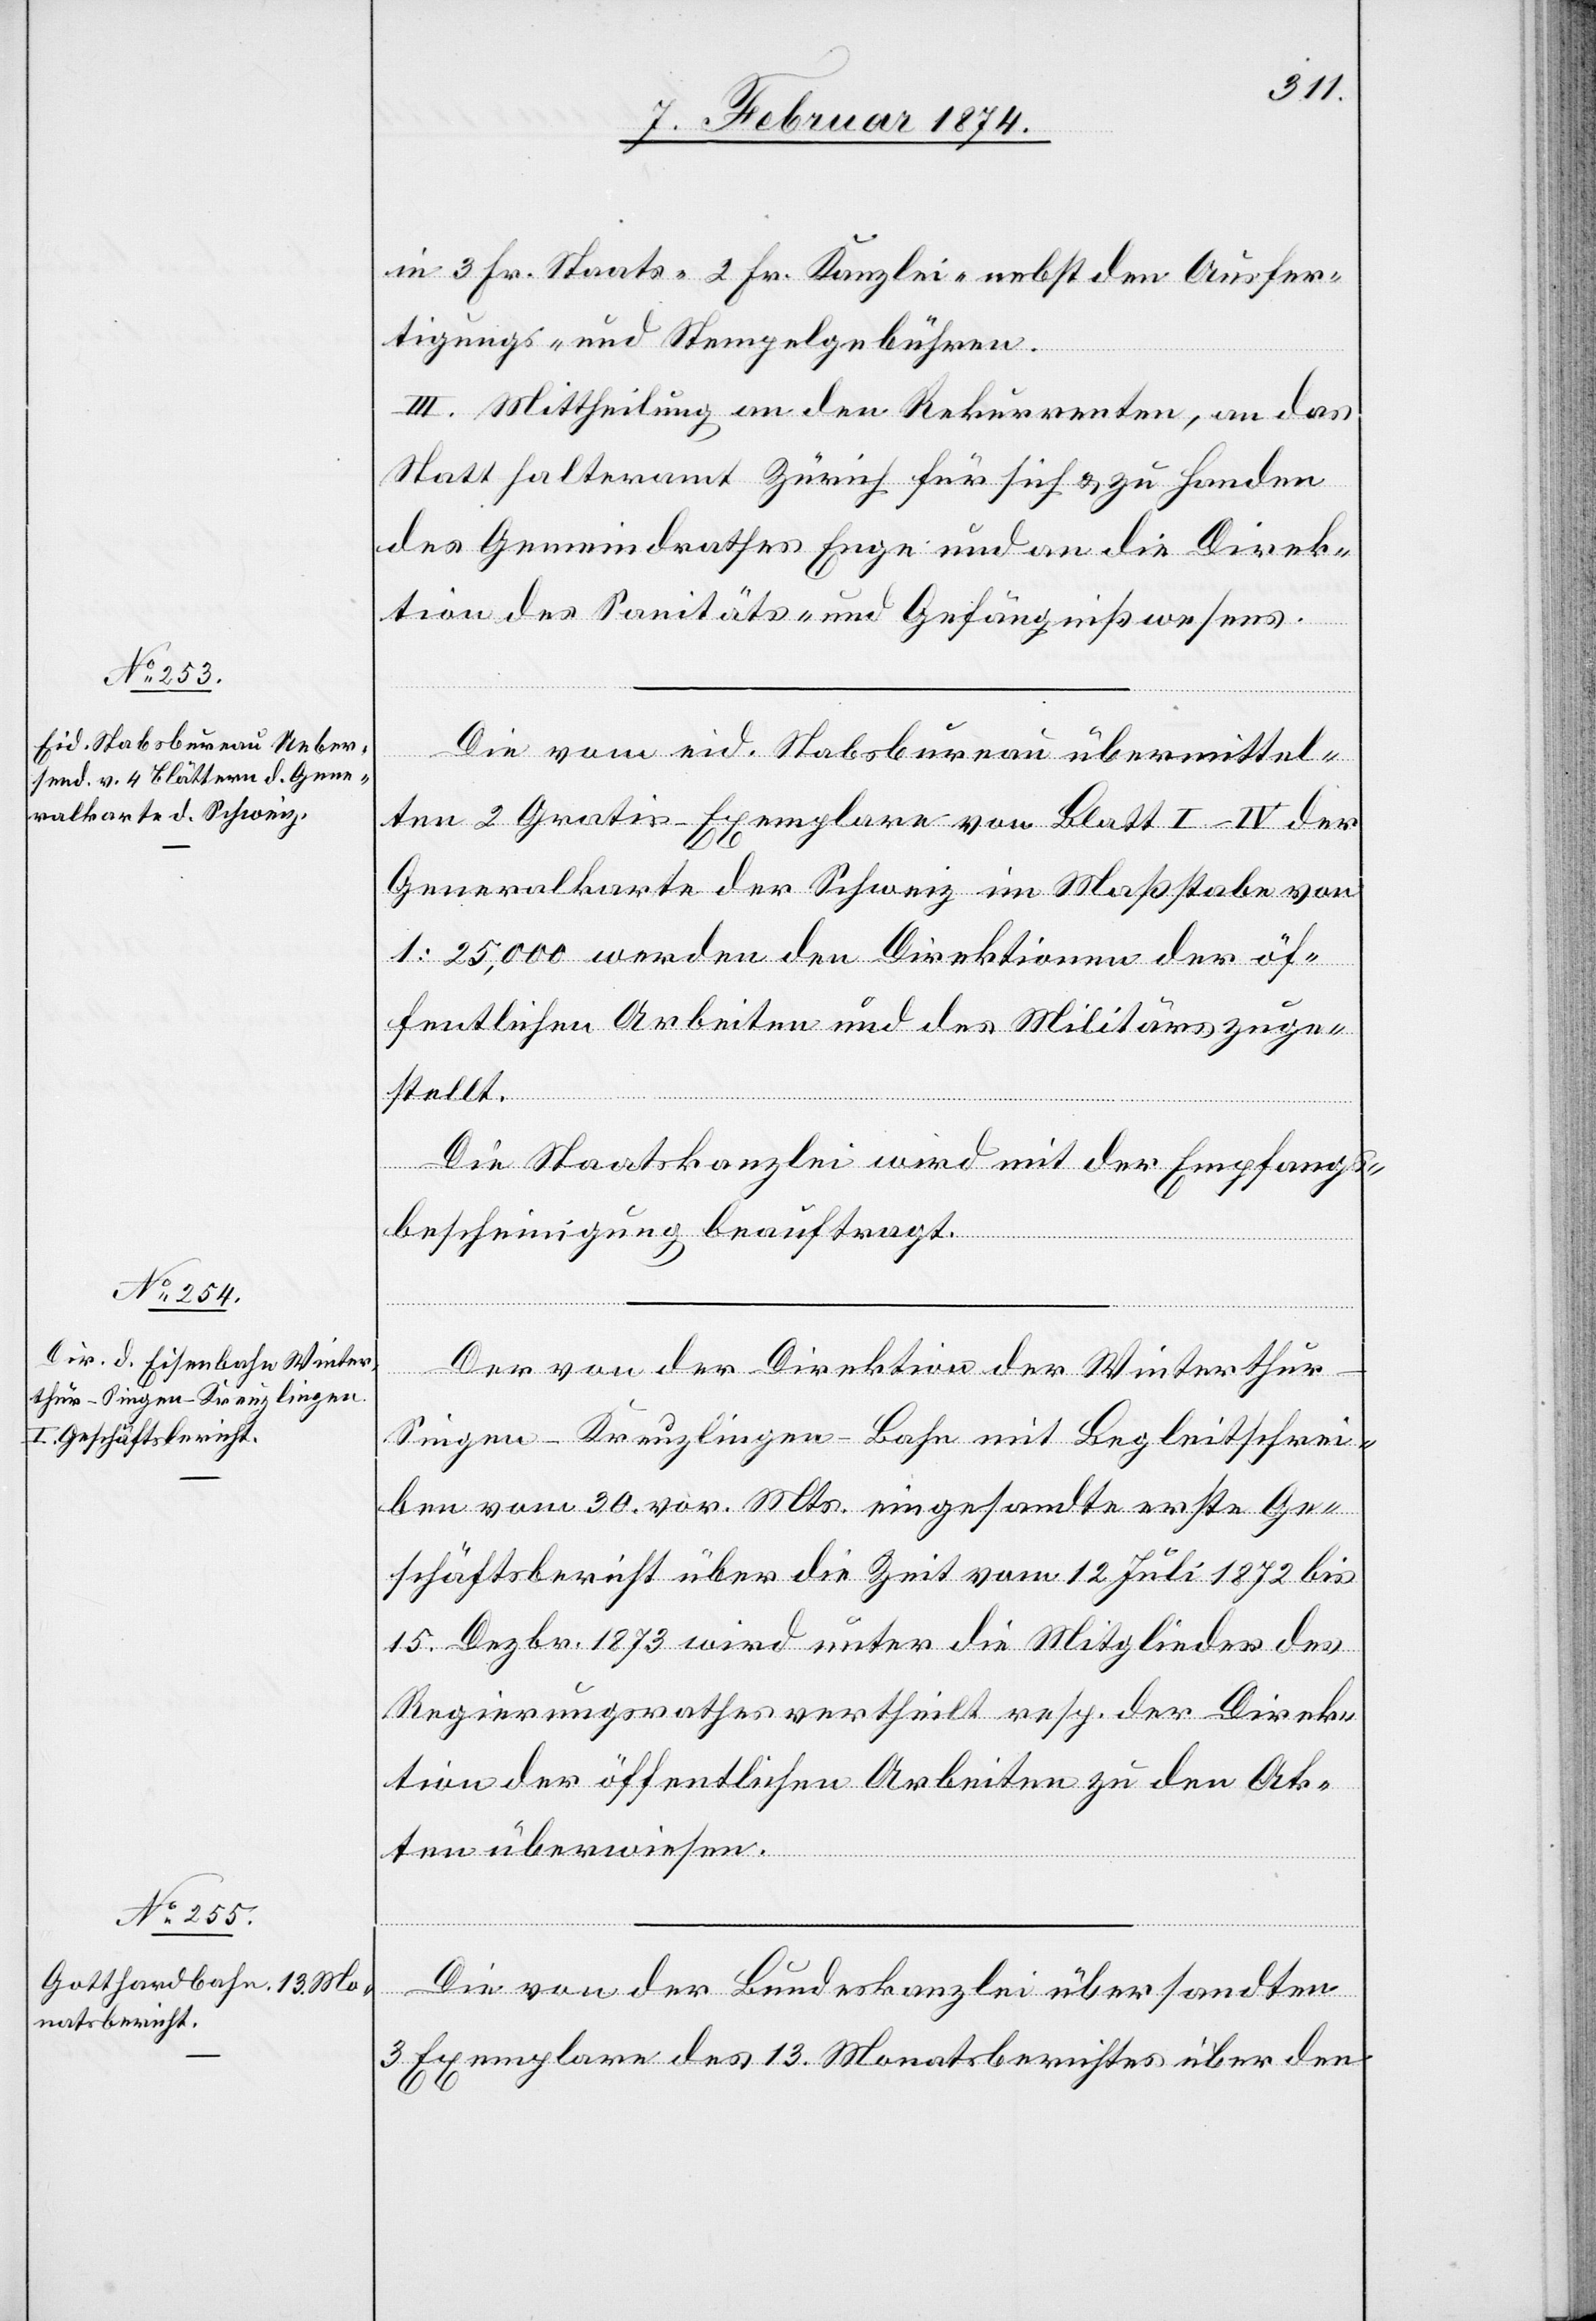
in 3 Fr. Staats-[,] 2 Fr. Kanzlei-[,] nebst den Ausfer¬
tigungs- und Stempelgebühren.
III. Mittheilung an den Rekurrenten, an das
Statthalteramt Zürich für sich u. zu Handen
des Gemeindrathes Enge und an die die Direk¬
tion des Sanitäts- und Gefängnißwesens.
Die vom eid. Stabsbureau übermittel¬
ten 2 Gratis-Exemplare von Blatt I–IV der
Generalkarte der Schweiz im Maßstabe von
1:25,000 werden den Direktionen der öf¬
fentlichen Arbeiten und des Militärs zuge¬
stellt.
Die Staatskanzlei wird mit der Empfangs¬
bescheinigung beauftragt.
Der von der Direktion der Winterthu¬
r-Singen-Kreuzlingen-Bahn mit Begleitschrei¬
ben vom 30. vor. Mts. eingesandte erste Ge¬
schäftsbericht über die Zeit vom 12. Juli 1872 bis
15. Dezbr. 1873 wird unter die Mitglieder des
Regierungsrathes vertheilt resp. der Direk¬
tion der öffentlichen Arbeiten zu den Ak¬
ten überwiesen.
Die von der Bundeskanzlei übersandten
3 Exemplare des 13. Monatsberichtes über den